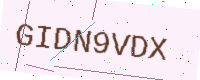
Text: GIDN9VDX